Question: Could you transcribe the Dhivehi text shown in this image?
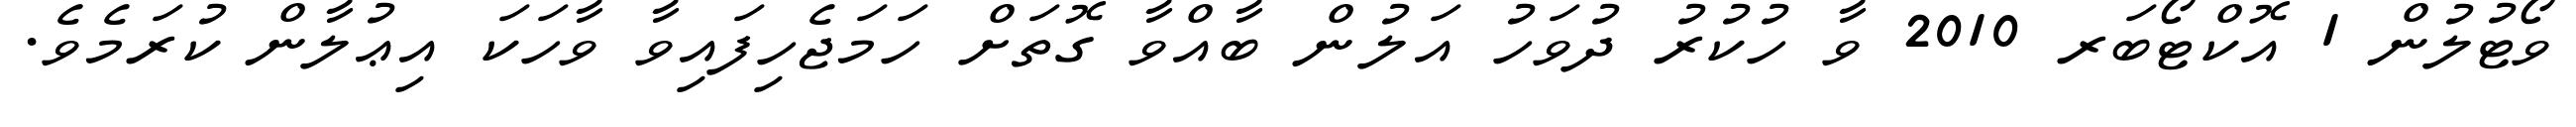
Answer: ވޯޓުލުން 1 އޮކްޓޯބަރ 2010 ވާ ހުކުރު ދުވަހު އަލުން ބާއްވާ ގޮތަށް ހަމަޖެހިފައިވާ ވާހަކަ އިޢުލާން ކުރަމެވެ.